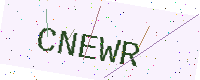
Text: CNEWR